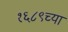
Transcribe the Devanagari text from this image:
१६८९च्या